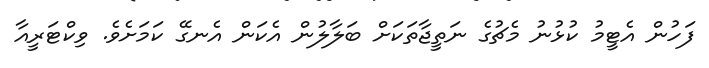
ފަހުން އެޓީމު ކުޅުނު މެޗުގެ ނަތީޖާތަކަށް ބަލާލުން އެކަން އެނގޭ ކަމަށެވެ. ވިކްޓަރީއާ